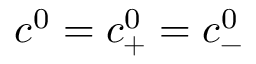
c ^ { 0 } = c _ { + } ^ { 0 } = c _ { - } ^ { 0 }